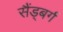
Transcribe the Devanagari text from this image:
सैंड्बर्ग